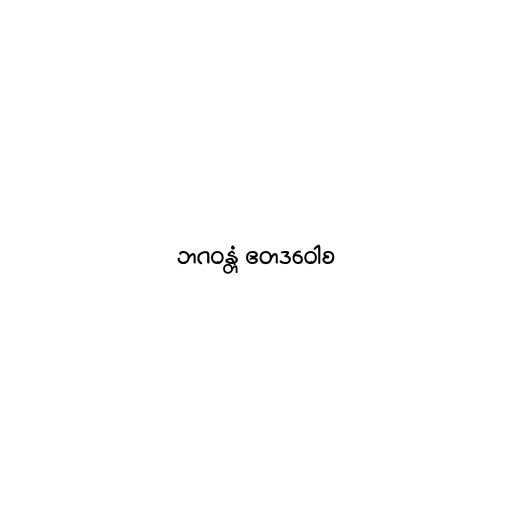
ဘဂဝန္တံ ဧတဒဝေါစ